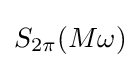
S_{2\pi }(M\omega )\!